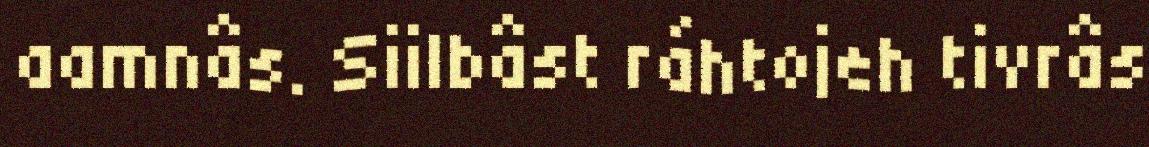
aamnâs. Siilbâst ráhtojeh tivrâs